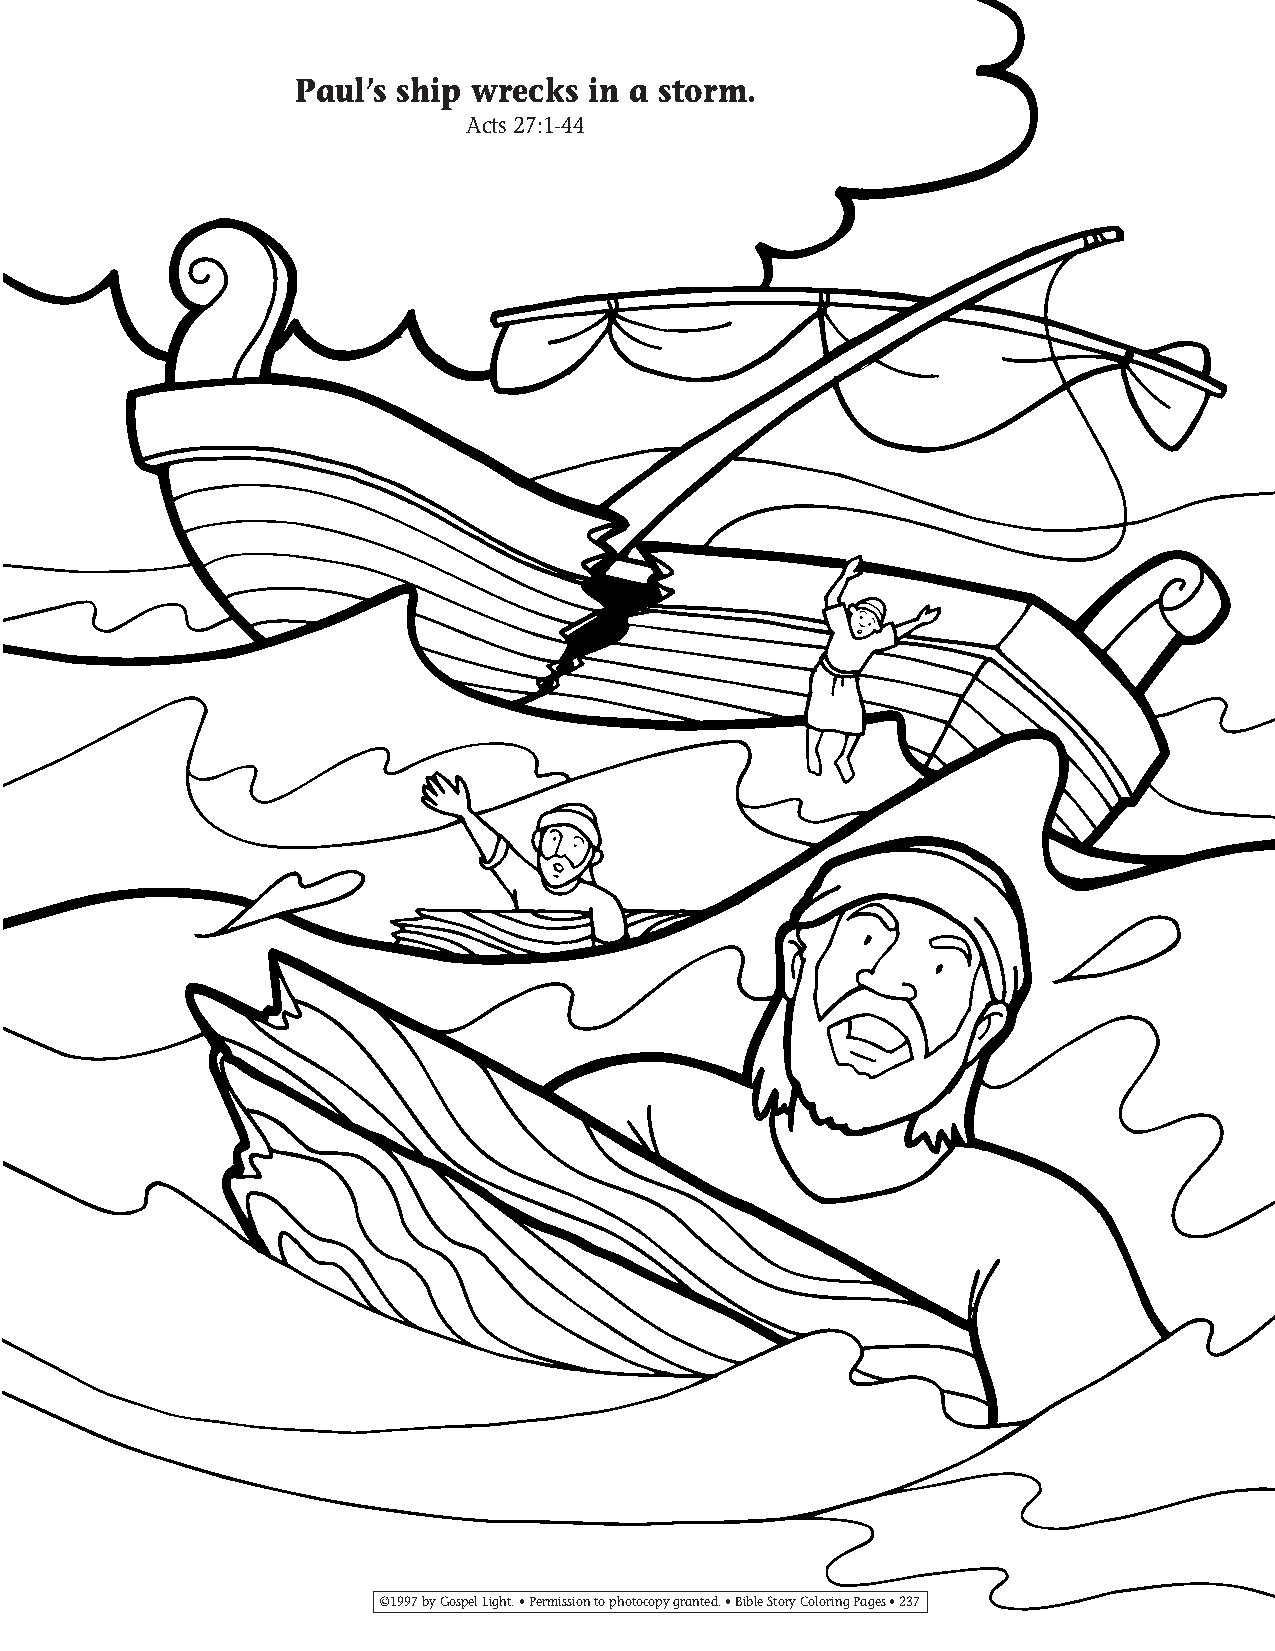
215-248 Coloring pgs_215-248 Coloring pgs 2/19/14 11:51 AM Page 237
 Paul’s ship wrecks in a storm.
 Acts 27:1-44
 ©1997 by Gospel Light. • Permission to photocopy granted. • Bible Story Coloring Pages • 237